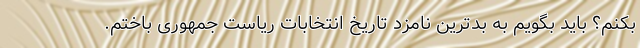
بکنم؟ باید بگویم به بدترین نامزد تاریخ انتخابات ریاست جمهوری باختم.